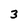
Character: 3